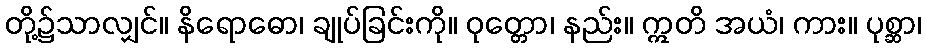
တို့၌သာလျှင်။ နိရောဓော၊ ချုပ်ခြင်းကို။ ဝုတ္တော၊ နည်း။ ဣတိ အယံ၊ ကား။ ပုစ္ဆာ၊